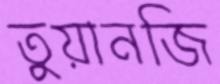
তুয়ানজি